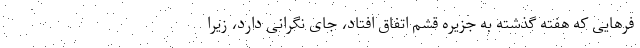
فرهایی که هفته گذشته به جزیره قشم اتفاق افتاد، جای نگرانی دارد، زیرا